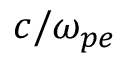
c / \omega _ { p e }